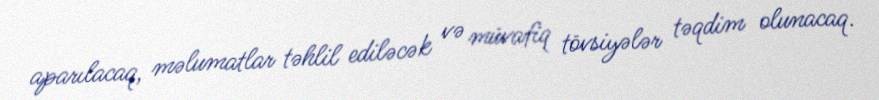
aparılacaq, məlumatlar təhlil ediləcək və müvafiq tövsiyələr təqdim olunacaq.